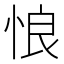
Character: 悢